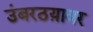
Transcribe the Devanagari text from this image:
उंबरठय़ावर